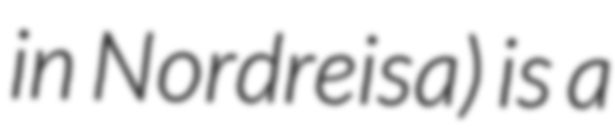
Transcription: in Nordreisa) is a